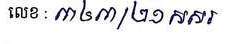
លេខ: ៣៤៣/២១ សសរ